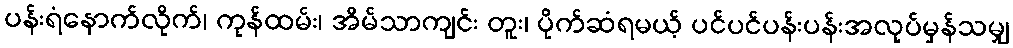
ပန်းရံနောက်လိုက်၊ ကုန်ထမ်း၊ အိမ်သာကျင်း တူး၊ ပိုက်ဆံရမယ့် ပင်ပင်ပန်းပန်းအလုပ်မှန်သမျှ